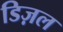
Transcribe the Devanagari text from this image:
डिज़ल